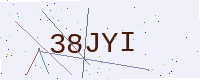
Text: 38JYI